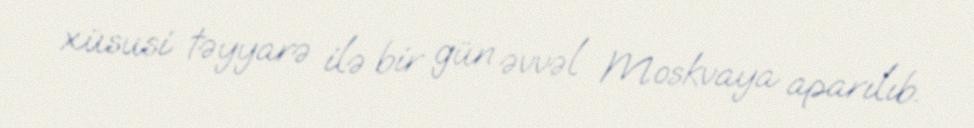
xüsusi təyyarə ilə bir gün əvvəl Moskvaya aparılıb.